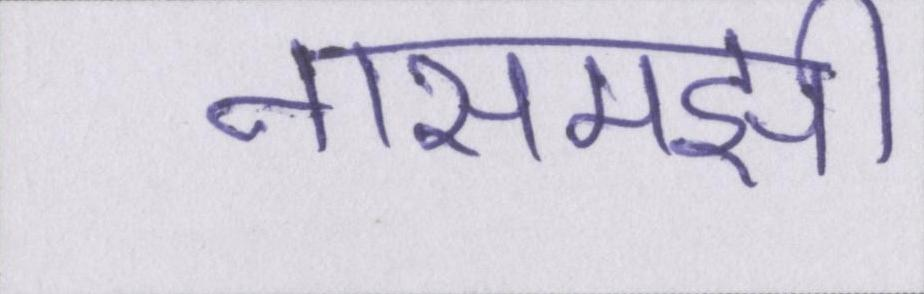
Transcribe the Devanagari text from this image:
नासमझी